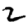
Digit: 2